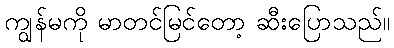
ကျွန်မကို မာတင်မြင်တော့ ဆီးပြောသည်။